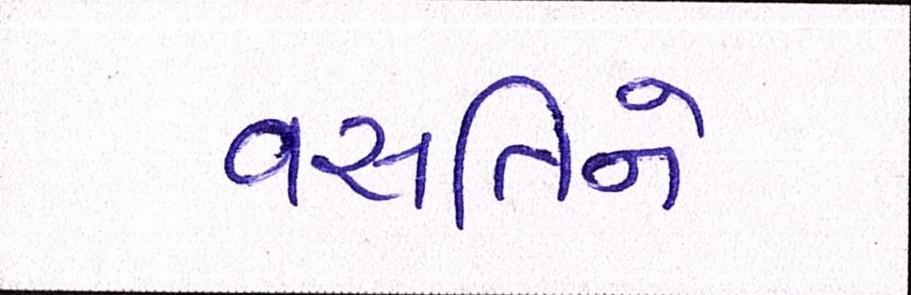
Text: વસતિને